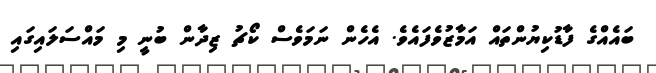
ބައެއްގެ ފާޑުކިޔުންތައް އަމާޒުވެފައެވެ. އެހެން ނަމަވެސް ކޯޗު ޒިދާން ބުނީ މި މައްސަލައިގައި